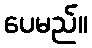
ပေမည်။